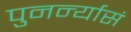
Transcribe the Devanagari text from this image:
पुनर्न्यासं